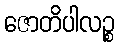
ဇောတိပါလဉ္စ